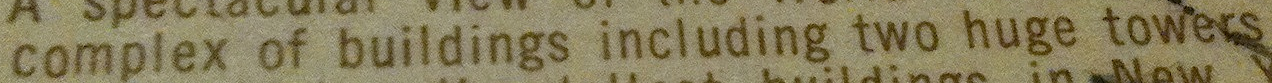
complex of buildings including two huge towers